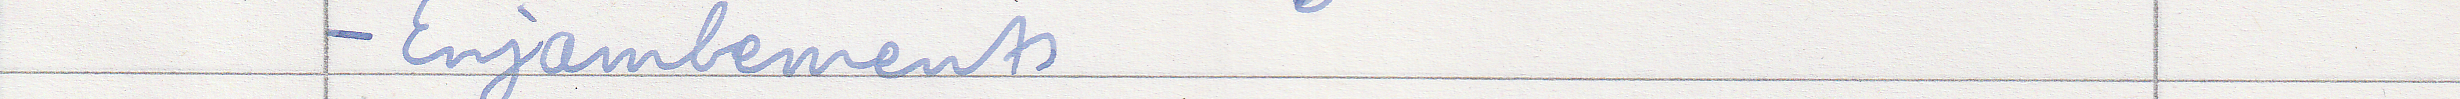
- Enjambements